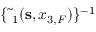
\{ \tilde { \bf \Delta } _ { 1 } ( { { \bf s } } , x _ { 3 , F } ) \} ^ { - 1 }